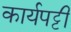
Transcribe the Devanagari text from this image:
कार्यपट्टी